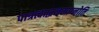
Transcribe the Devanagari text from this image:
पात्रत्वाद्धनमाप्नोति